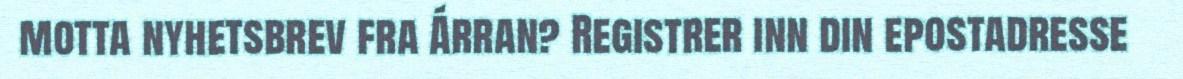
motta nyhetsbrev fra Árran? Registrer inn din epostadresse